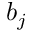
b _ { j }